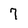
Character: 7